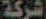
شركة